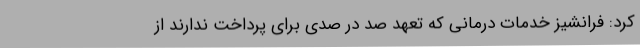
کرد: فرانشیز خدمات درمانی که تعهد صد در صدی برای پرداخت ندارند از